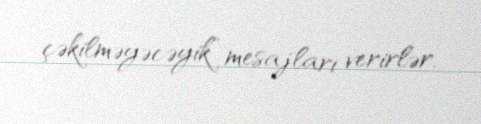
çəkilməyəcəyik” mesajları verirlər.